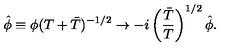
\hat { \phi } \equiv \phi ( T + \bar { T } ) ^ { - 1 / 2 } \rightarrow - i \left( { \frac { \bar { T } } { T } } \right) ^ { 1 / 2 } \hat { \phi } .